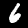
Digit: 6